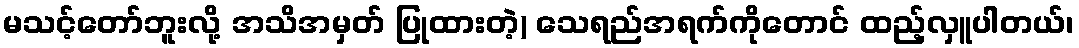
မသင့်တော်ဘူးလို့ အသိအမှတ် ပြုထားတဲ့) သေရည်အရက်ကိုတောင် ထည့်လှူပါတယ်၊